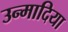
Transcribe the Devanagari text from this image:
उन्मादिया